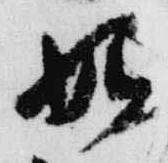
始